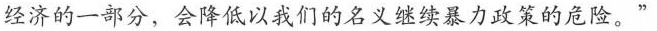
经济的一部分，会降低以我们的名义继续暴力政策的危险。”